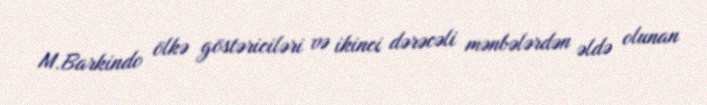
M.Barkindo ölkə göstəriciləri və ikinci dərəcəli mənbələrdən əldə olunan